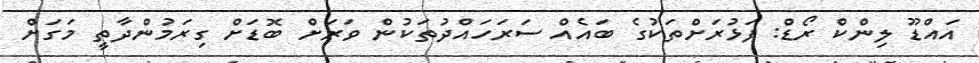
އައްޑޫ ލިންކް ރޯޑް: ފަޅުރަށްތަކުގެ ބައެއް ސަރަހައްދުތަކުން ވަރަށް ބޮޑަށް ގިރަމުންދާތީ މަގަށް